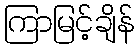
ကြာမြင့်ချိန်